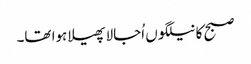
صبح کا نیلگوں اُجالا پھیلا ہوا تھا۔